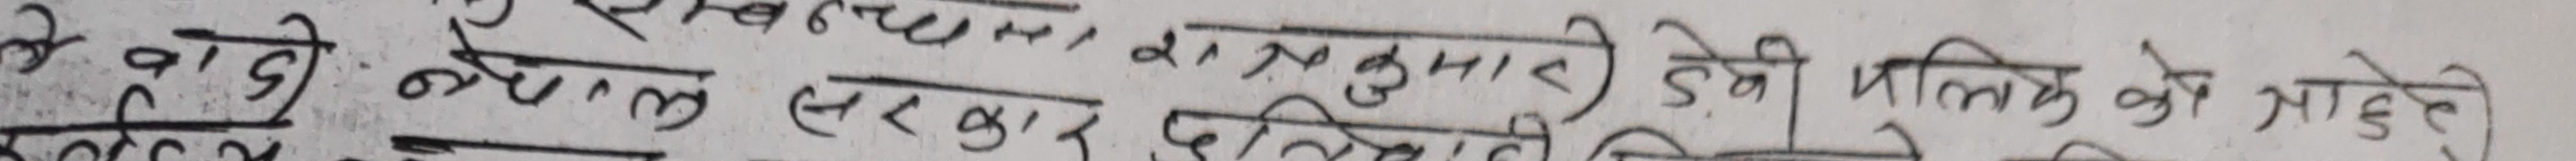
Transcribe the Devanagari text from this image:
के वाडी नेपाल सरकार देसिको निम्तिर सोधेको